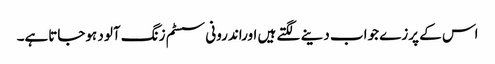
اس کے پرزے جواب دینے لگتے ہیں اوراندرونی سسٹم زنگ آلود ہوجاتاہے۔